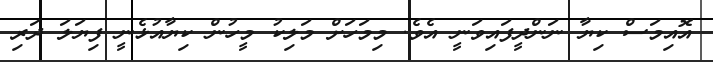
އޮއިމަސް ކިޔާ ނަންދީފައިވަނީ އެވެ. މިމަހަށް މަލިކު މީހުން ކިޔާއުޅެނީ ފިޔަލަ ދަރި